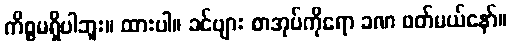
ကိစ္စမရှိပါဘူး။ ထားပါ။ ခင်ဗျား စာအုပ်ကိုရော ခဏ ဖတ်မယ်နော်။